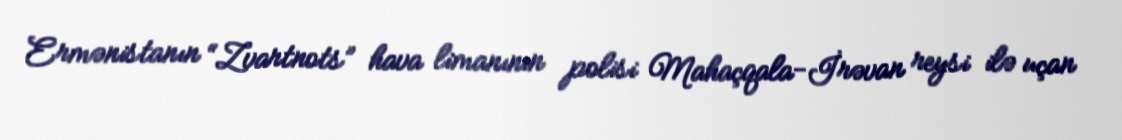
Ermənistanın “Zvartnots” hava limanının polisi Mahaçqala-İrəvan reysi ilə uçan